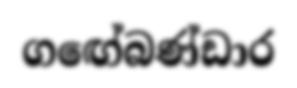
ගඟේබණ්ඩාර